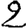
Digit: 2